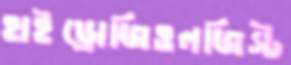
হাইড্রোজিওলজিস্ট